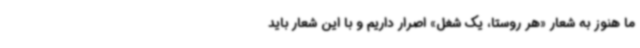
ما هنوز به شعار «هر روستا، یک شغل» اصرار داریم و با این شعار باید